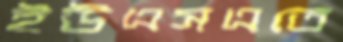
ইউএসএতে